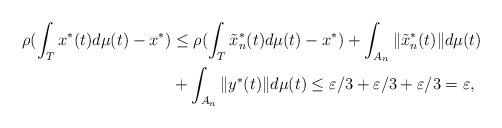
LaTeX: \begin{align*}\rho( \int_{T} x^*(t) d\mu(t) - x^*) &\leq \rho( \int_{T} \tilde{x}_n^*(t) d\mu(t) - x^*) + \int_{A_n} \| \tilde{x}_n^*(t)\| d\mu(t) \\ & + \int_{A_n} \|y^*(t)\| d\mu(t) \leq \varepsilon/3 +\varepsilon/3 +\varepsilon/3 = \varepsilon,\end{align*}